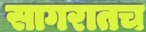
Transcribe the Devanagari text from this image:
सागरातच